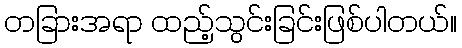
တခြားအရာ ထည့်သွင်းခြင်းဖြစ်ပါတယ်။